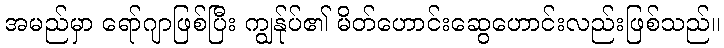
အမည်မှာ ရော်ဂျာဖြစ်ပြီး ကျွန်ုပ်၏ မိတ်ဟောင်းဆွေဟောင်းလည်းဖြစ်သည်။